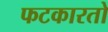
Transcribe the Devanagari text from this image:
फटकारतो